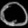
Digit: ၀